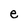
Character: e